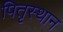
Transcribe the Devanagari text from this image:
पितृस्थान